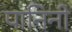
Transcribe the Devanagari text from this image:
पानिनी